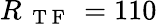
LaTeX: R_{\mathrm{~{~T~F~}~}}=110